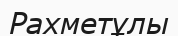
Рахметұлы